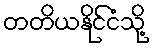
တတိယနိုင်ငံသို့